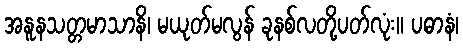
အနူနသတ္တမာသာနိ၊ မယုတ်မလွန် ခုနစ်လတို့ပတ်လုံး။ ပဓာနံ၊